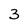
Character: 3